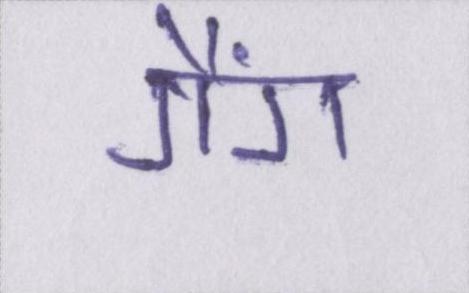
गैंग